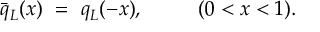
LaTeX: \bar { q } _ { L } ( x ) \ = \ q _ { L } ( - x ) , \ \ \ \ \ \ \ \ ( 0 < x < 1 ) .